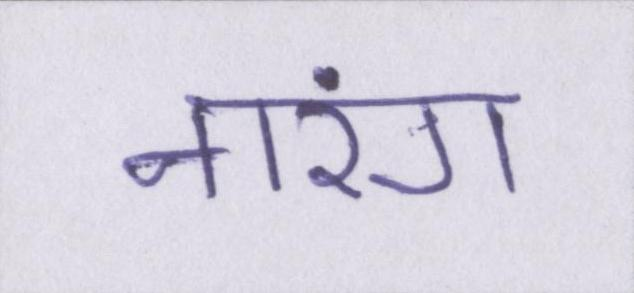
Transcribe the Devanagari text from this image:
नारंग